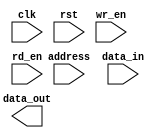
module SDRAM(
    input wire clk,
    input wire rst,
    input wire wr_en,
    input wire rd_en,
    input wire [31:0] address,
    input wire [31:0] data_in,
    output reg [31:0] data_out
);

// Addressing Logic
reg [12:0] row_address;
reg [9:0] column_address;

assign row_address = address[12:0];
assign column_address = address[21:13];

// FIFO Buffers
reg [31:0] read_fifo;
reg [31:0] write_fifo;

always @(posedge clk) begin
    if (rst) begin
        read_fifo <= 0;
        write_fifo <= 0;
    end else begin
        if (wr_en) begin
            write_fifo <= data_in;
        end
        
        if (rd_en) begin
            read_fifo <= data_out;
        end
    end
end

// Control Circuitry
reg row_access_mode;
reg column_access_mode;

always @(posedge clk) begin
    if (rst) begin
        row_access_mode <= 1'b0;
        column_access_mode <= 1'b0;
    end else begin
        // Implement control logic here
    end
end

// Synchronous Interface
always @(posedge clk) begin
    // Input and output operations on rising edge of clock signal
    if (wr_en) begin
        // Write operation logic
    end
    
    if (rd_en) begin
        // Read operation logic
    end
end

endmodule